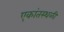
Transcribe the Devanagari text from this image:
एकांतस्थळी